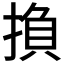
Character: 𢰺